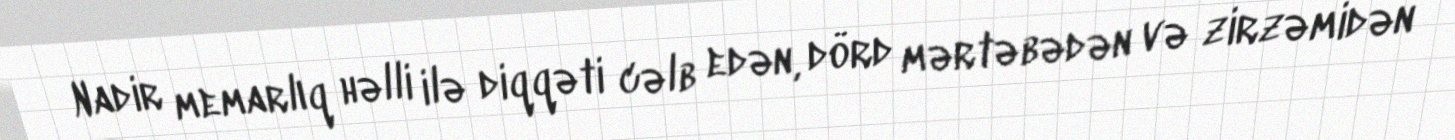
Nadir memarlıq həlli ilə diqqəti cəlb edən, dörd mərtəbədən və zirzəmidən